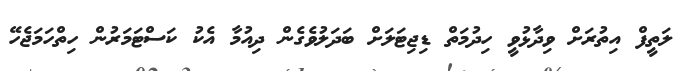
ލަތީފް އިތުރަށް ވިދާޅުވީ ހިދުމަތް ޑިޖިޓަލަށް ބަދަލުވެގެން ދިއުމާ އެކު ކަސްޓަމަރުން ހިތްހަމަޖެހޭ